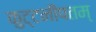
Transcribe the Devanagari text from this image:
कुट्टनीपतम्